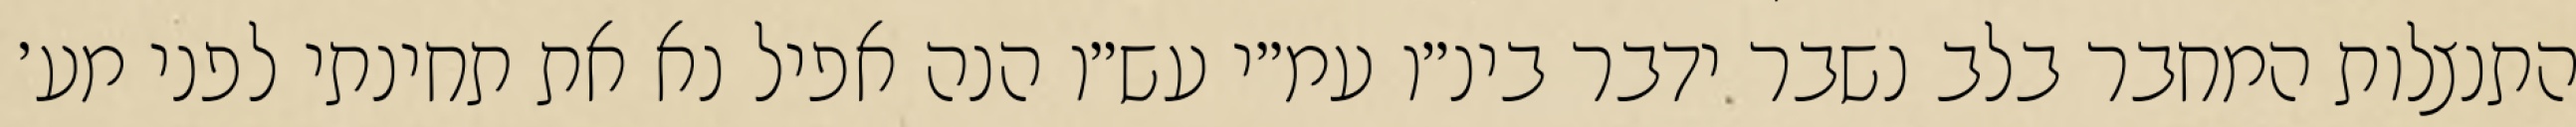
התנצלות המחבר בלב נשבר ידבר בינ״ו עמ״י עש״ו הנה אפיל נא את תחינתי לפני מע׳